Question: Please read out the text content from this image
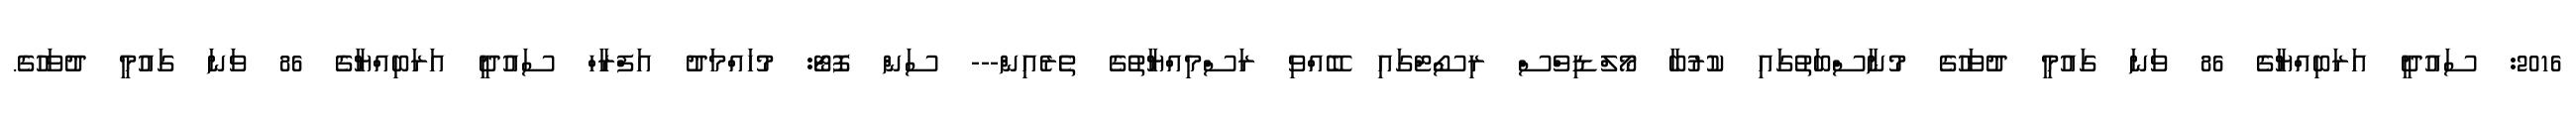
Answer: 2016: ސައުދީ އަރަބިއްޔާގެ 86 ވަނަ ގައުމީ ދުވަހުގެ މުނާސްބަތުގައި ކުރުބާ މޯލްޑިވްސް ރިސޯޓްގައި ބޭއްވި ރަސްމިއްޔާތުގެ ތެރެއިން--- ސަން ފޮޓޯ: މުހައްމަދު އަފްރާހް ސައުދީ އަރަބިއްޔާގެ 86 ވަނަ ގައުމީ ދުވަހުގެ.